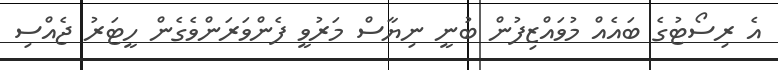
އެ ރިސޯޓުގެ ބައެއް މުވައްޒިފުން ބުނީ ނިޔާސް މަރުވީ ފެންވަރަންވެގެން ހީޓަރު ޖެއްސި